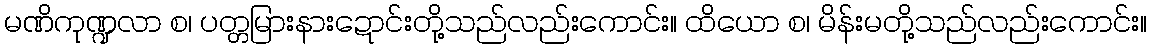
မဏိကုဏ္ဍလာ စ၊ ပတ္တမြားနားဍောင်းတို့သည်လည်းကောင်း။ ထိယော စ၊ မိန်းမတို့သည်လည်းကောင်း။